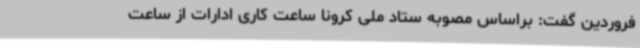
فروردین گفت: براساس مصوبه ستاد ملی کرونا ساعت کاری ادارات از ساعت